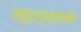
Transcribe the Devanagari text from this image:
समुद्रगुप्तकालीन